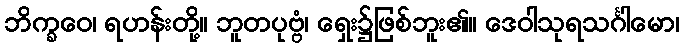
ဘိက္ခဝေ၊ ရဟန်းတို့။ ဘူတပုဗ္ဗံ၊ ရှေး၌ဖြစ်ဘူး၏။ ဒေဝါသုရသင်္ဂါမော၊